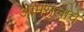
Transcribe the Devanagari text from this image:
आमसुलाचे